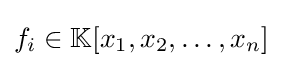
f_{i}\in \mathbb {K} [x_{1},x_{2},\dotsc ,x_{n}]